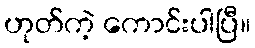
ဟုတ်ကဲ့ ကောင်းပါပြီ။